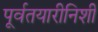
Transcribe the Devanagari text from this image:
पूर्वतयारीनिशी